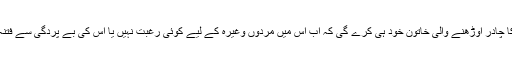
اس بات کا فیصلہ کا چادر اوڑھنے والی خاتون خود ہی کرے گی کہ اب اس میں مردوں وغیرہ کے لیے کوئی رغبت نہیں یا اس کی بے پردگی سے فتنہ کا احتمال تو نہیں۔